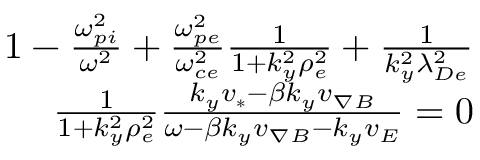
\begin{array} { r } { 1 - \frac { \omega _ { p i } ^ { 2 } } { \omega ^ { 2 } } + \frac { \omega _ { p e } ^ { 2 } } { \omega _ { c e } ^ { 2 } } \frac { 1 } { 1 + k _ { y } ^ { 2 } \rho _ { e } ^ { 2 } } + \frac { 1 } { k _ { y } ^ { 2 } \lambda _ { D e } ^ { 2 } } } \\ { \frac { 1 } { 1 + k _ { y } ^ { 2 } \rho _ { e } ^ { 2 } } \frac { k _ { y } v _ { * } - \beta k _ { y } v _ { \nabla B } } { \omega - \beta k _ { y } v _ { \nabla B } - k _ { y } v _ { E } } = 0 } \end{array}